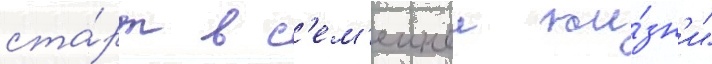
ста́рт в с'ем'еинои жи́зн'и"